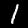
Label: 1